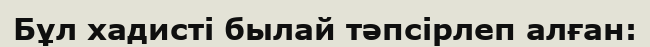
Бұл хадисті былай тәпсірлеп алған: